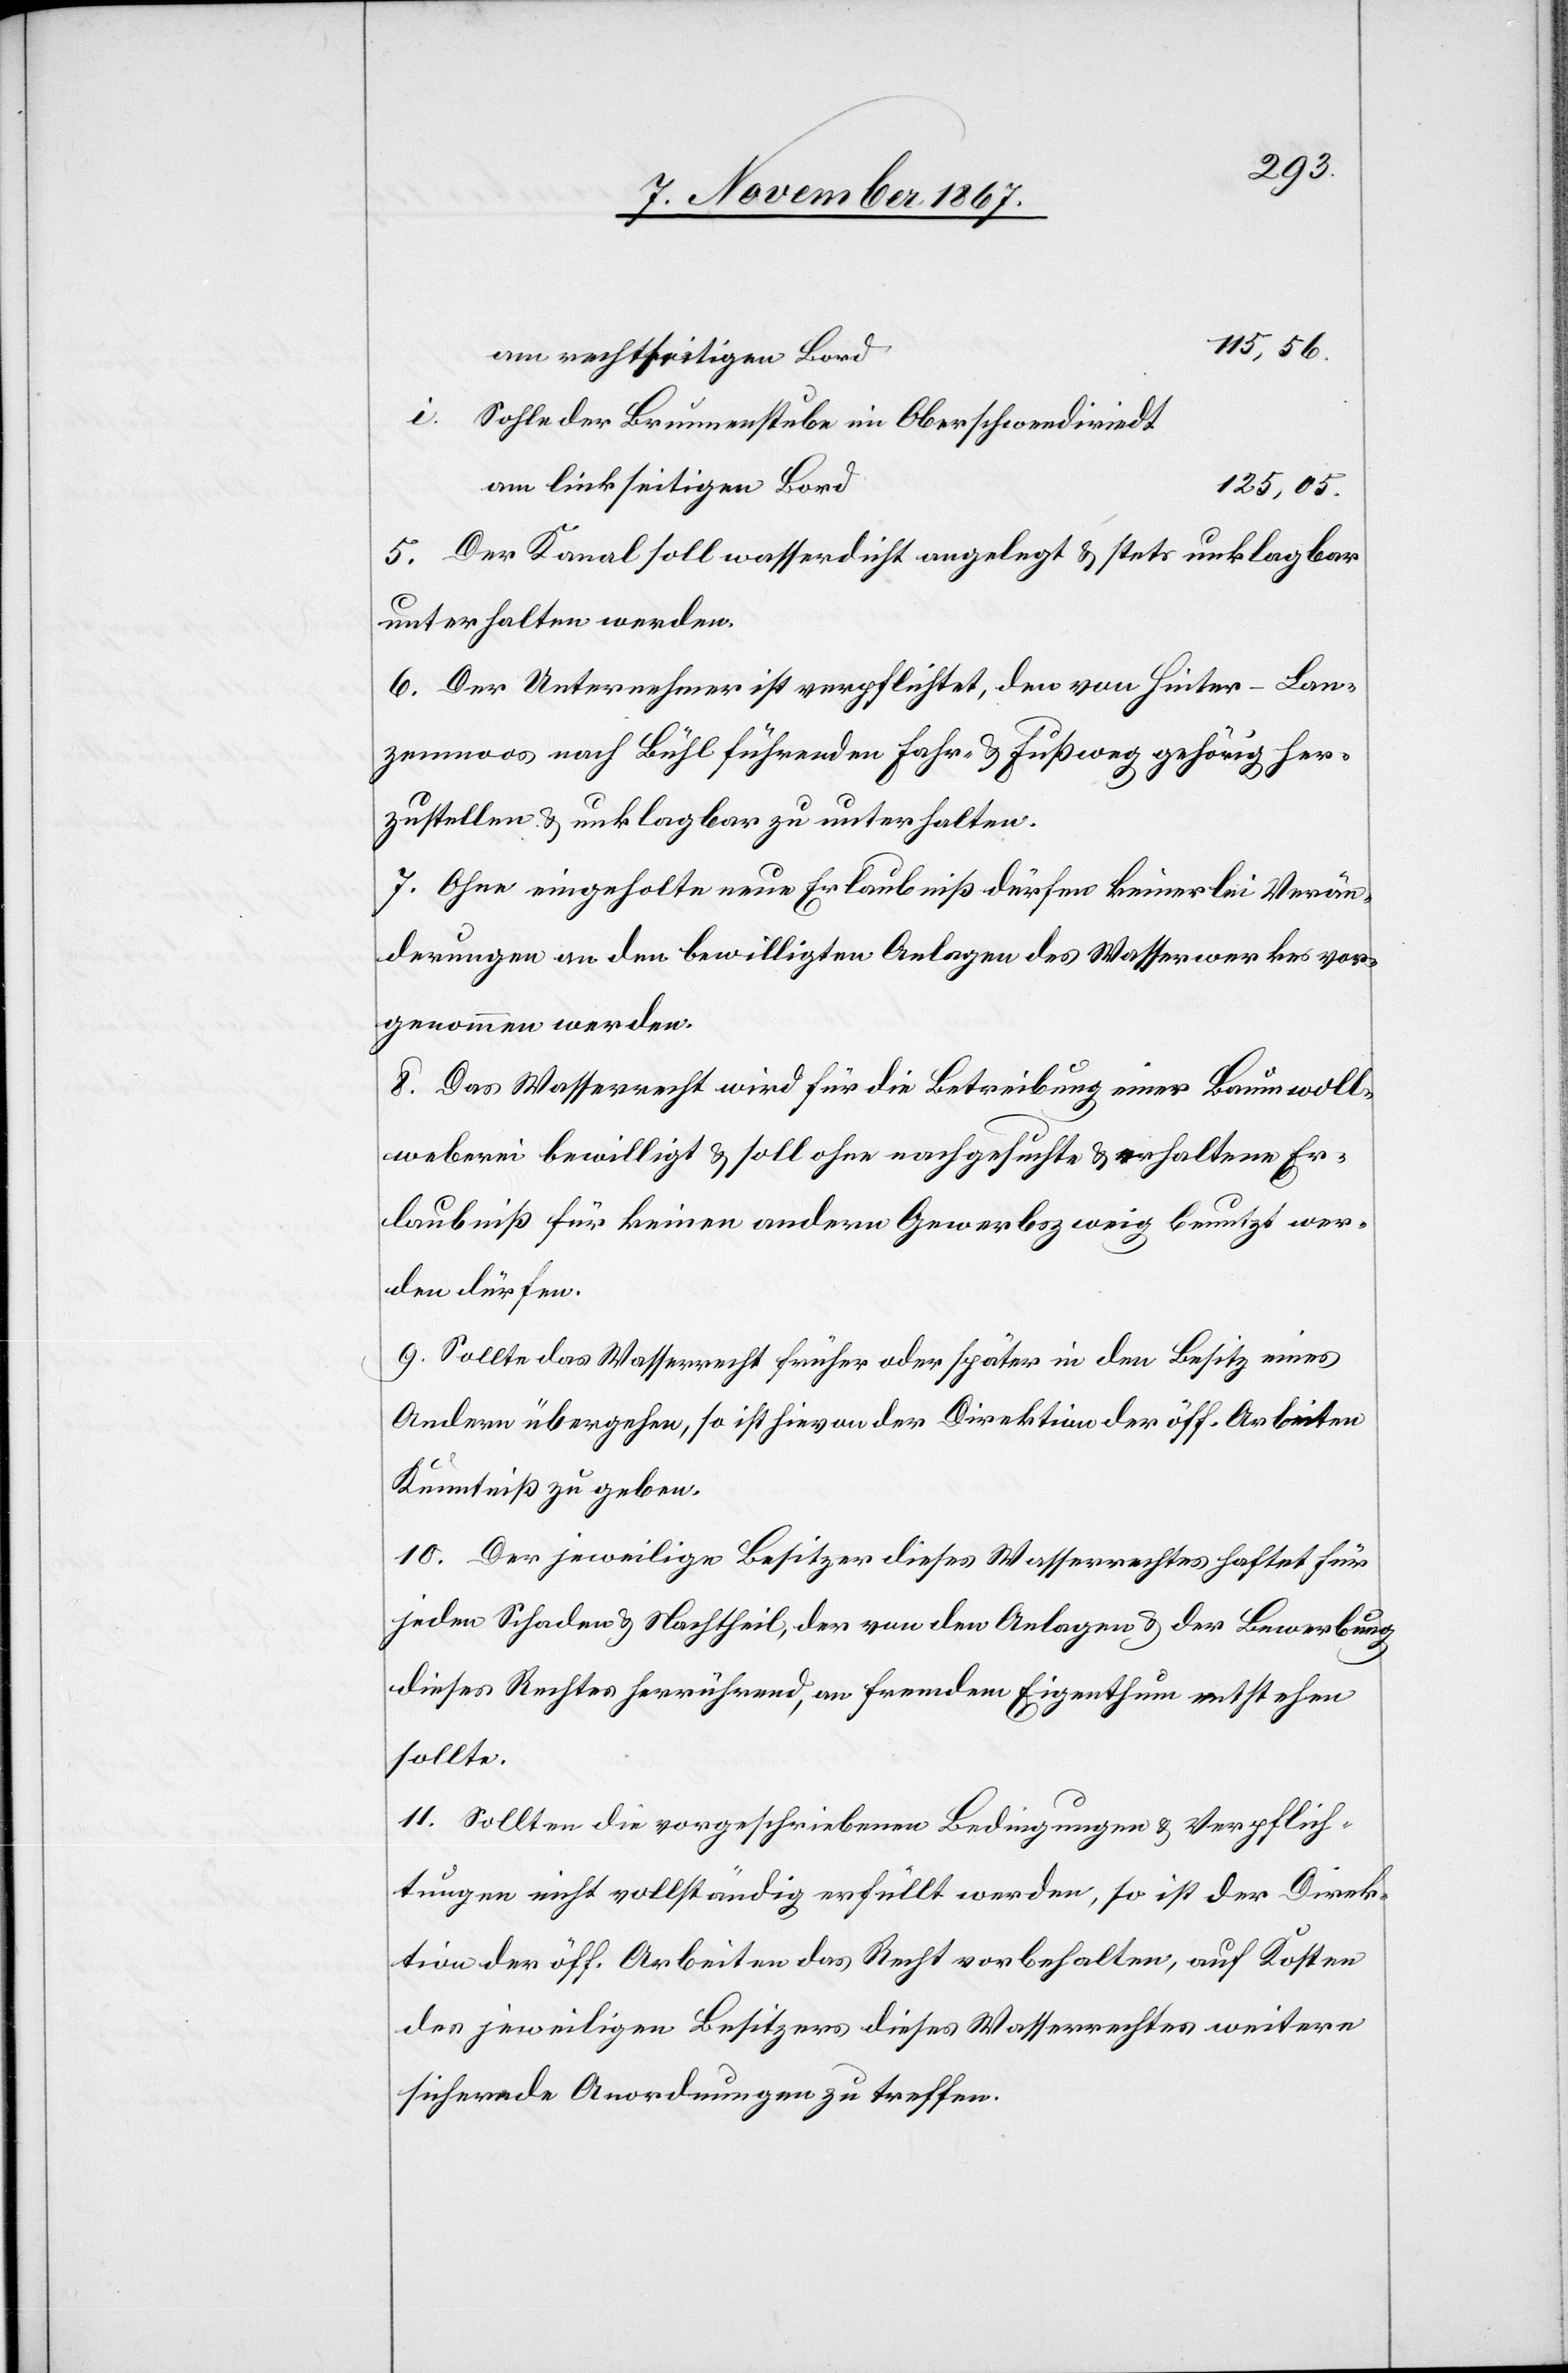
115,56
am rechtseitigen Bord
Sohle der Brunnenstube im Oberschwendiriedt
am linkseitigen Bord
125,05
5. Der Kanal soll wasserdicht angelegt u. stets unklagbar
unterhalten werden.
6. Der Unternehmer ist verpflichtet, den von Hinter-Lan¬
zenmoos nach Bühl führenden Fahr- u. Fußweg gehörig her¬
zustellen u. unklagbar zu unterhalten.
7. Ohne eingeholte neue Erlaubniß dürfen keinerlei Verän¬
derungen an den bewilligten Anlagen des Wasserwerks vor¬
genommen werden.
8. Das Wasserrecht wird für die Betreibung einer Baumwoll¬
weberei bewilligt u. soll ohne nachgesuchte u. erhaltene Er¬
laubniß für keinen andern Gewerbszweig benutzt wer¬
den dürfen.
9. Sollte das Wasserrecht früher oder später in den Besitz eines
Andern übergehen, so ist hievon der Direktion der öff. Arbeiten
Kenntniß zu geben.
10. Der jeweilige Besitzer dieses Wasserrechtes haftet für
jeden Schaden u. Nachtheil, der von den Anlagen u. der Bewerbung
dieses Rechtes herrührend, an fremdem Eigenthum entstehen
sollte.
11. Sollten die vorgeschriebenen Bedingungen u. Verpflich¬
tungen nicht vollständig erfüllt werden, so ist der Direk¬
tion der öff. Arbeiten das Recht vorbehalten, auf Kosten
des jeweiligen Besitzers dieses Wasserrechtes weitere
sichernde Anordnungen zu treffen.